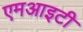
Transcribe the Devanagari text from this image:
एमआइटी